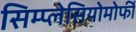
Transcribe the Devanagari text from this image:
सिम्प्लेसियोमोर्फी